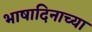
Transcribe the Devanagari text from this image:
भाषादिनाच्या